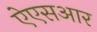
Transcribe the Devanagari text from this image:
ऐएसआर